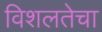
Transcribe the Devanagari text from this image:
विशलतेचा